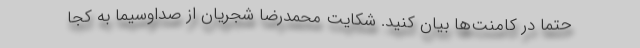
حتما در کامنت‌ها بیان کنید. شکایت محمدرضا شجریان از صداوسیما به کجا